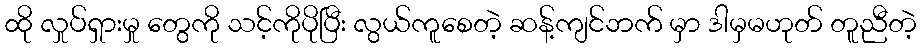
ထို လှုပ်ရှားမှု တွေကို သင့်ကိုပိုပြီး လွယ်ကူစေတဲ့ ဆန့်ကျင်ဘက် မှာ ဒါမှမဟုတ် တူညီတဲ့